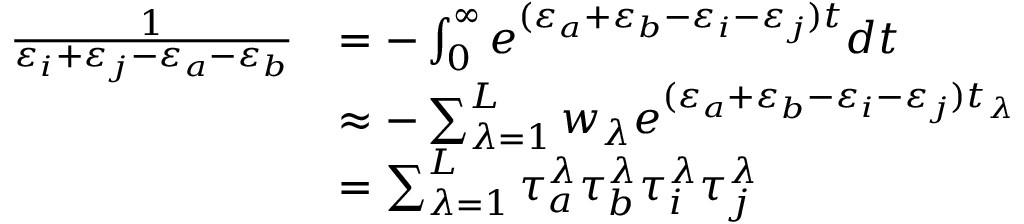
\begin{array} { r l } { \frac { 1 } { \varepsilon _ { i } + \varepsilon _ { j } - \varepsilon _ { a } - \varepsilon _ { b } } } & { = - \int _ { 0 } ^ { \infty } e ^ { ( \varepsilon _ { a } + \varepsilon _ { b } - \varepsilon _ { i } - \varepsilon _ { j } ) t } d t } \\ & { \approx - \sum _ { \lambda = 1 } ^ { L } w _ { \lambda } e ^ { ( \varepsilon _ { a } + \varepsilon _ { b } - \varepsilon _ { i } - \varepsilon _ { j } ) t _ { \lambda } } } \\ & { = \sum _ { \lambda = 1 } ^ { L } \tau _ { a } ^ { \lambda } \tau _ { b } ^ { \lambda } \tau _ { i } ^ { \lambda } \tau _ { j } ^ { \lambda } } \end{array}